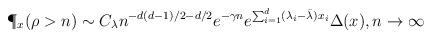
LaTeX: \begin{align*}\P_x(\rho > n) \sim C_{\lambda} n^{-d(d-1)/2 - d/2} e^{-\gamma n} e^{\sum_{i=1}^d ( \lambda_i- \bar{\lambda} ) x_i} \Delta(x), n \rightarrow \infty\end{align*}